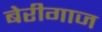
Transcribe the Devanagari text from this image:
बेरीगाज